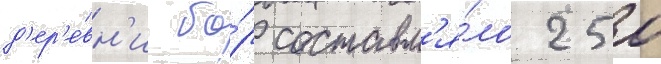
д'ер'е́вн'и бо́р составл'я́ло 250